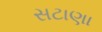
સટાણા